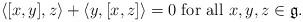
LaTeX: \begin{align*} \langle [x,y],z \rangle + \langle y,[x,z] \rangle = 0\ \text{for all}\ x,y,z\in\mathfrak{g}.\end{align*}